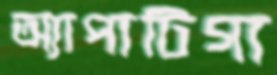
অ্যাপাটিগা